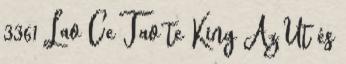
3361 Lao Ce Tao te King Az Út és